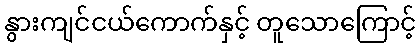
နွားကျင်ငယ်ကောက်နှင့် တူသောကြောင့်